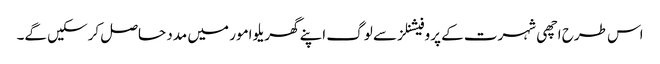
اس طرح اچھی شہرت کے پروفیشنلز سے لوگ اپنے گھریلو امور میں مدد حاصل کرسکیں گے۔